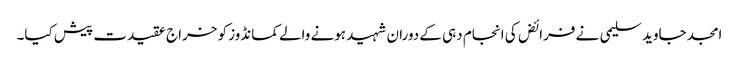
امجد جاوید سلیمی نے فرائض کی انجام دہی کے دوران شہید ہونے والے کمانڈوز کو خراج عقیدت پیش کیا۔